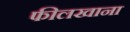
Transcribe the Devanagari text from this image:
फीलखाना